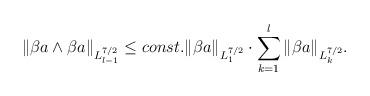
LaTeX: \begin{align*}\|\beta a \wedge \beta a\|_{L^{7/2}_{l-1}} \leq const. \|\beta a\|_{L^{7/2}_1} \cdot \sum_{k=1}^l \|\beta a\|_{L^{7/2}_k}. \end{align*}